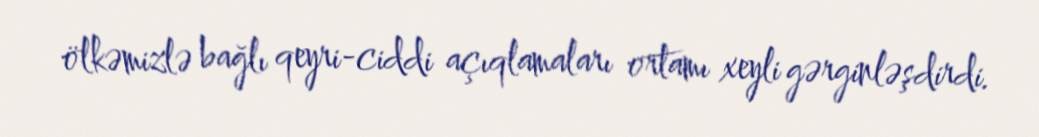
ölkəmizlə bağlı qeyri-ciddi açıqlamaları ortamı xeyli gərginləşdirdi.